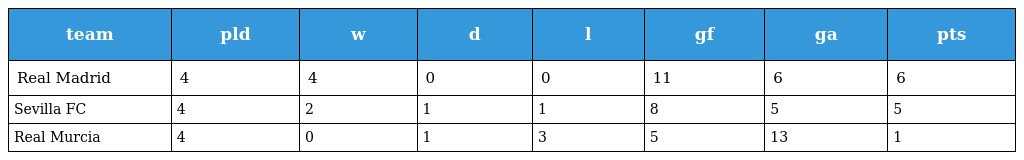
| team | pld | w | d | l | gf | ga | pts |
 | --- | --- | --- | --- | --- | --- | --- | --- |
 | Real Madrid | 4 | 4 | 0 | 0 | 11 | 6 | 6 |
 | Sevilla FC | 4 | 2 | 1 | 1 | 8 | 5 | 5 |
 | Real Murcia | 4 | 0 | 1 | 3 | 5 | 13 | 1 |